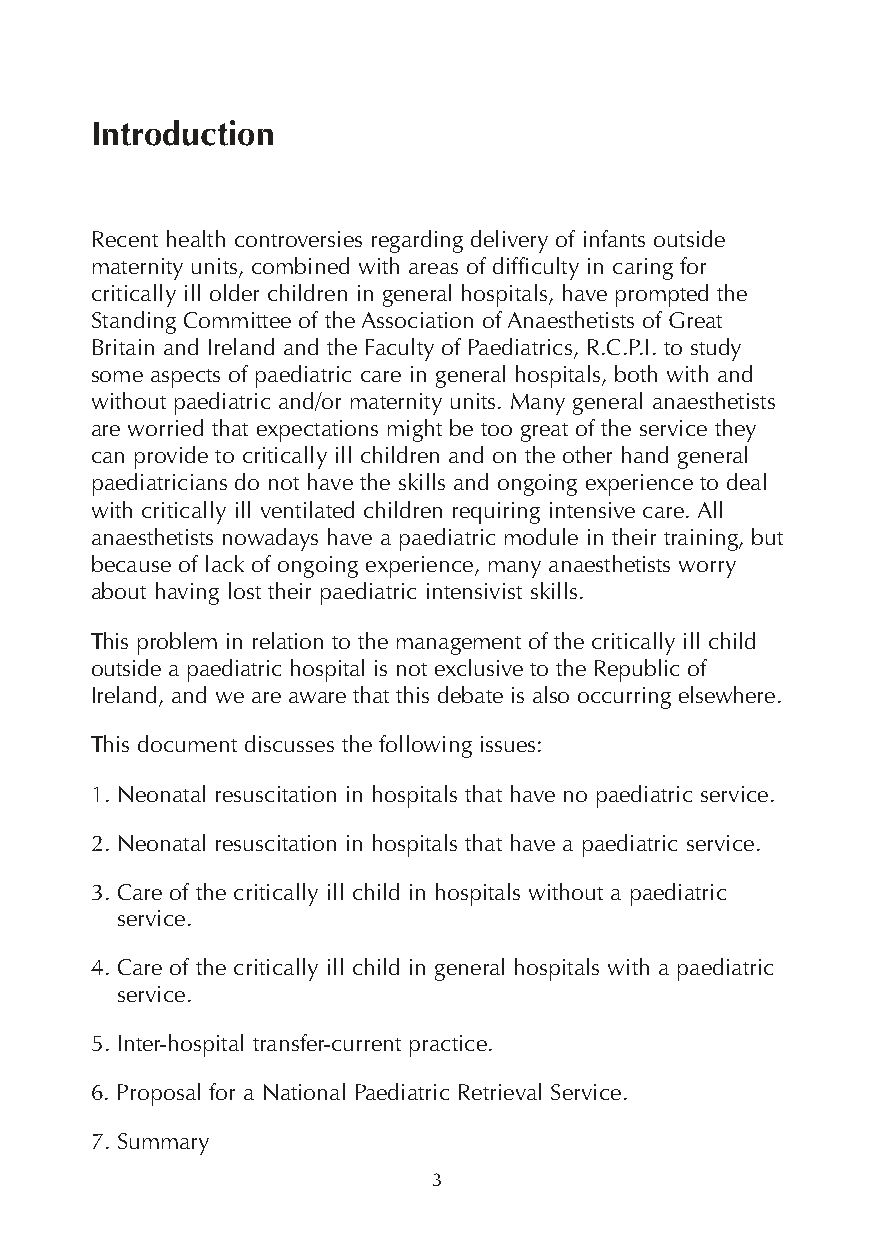
Introduction
 Recent health controversies regarding delivery of infants outside
 maternity units, combined with areas of difficulty in caring for
 critically ill older children in general hospitals, have prompted the
 Standing Committee of the Association of Anaesthetists of Great
 Britain and Ireland and the Faculty of Paediatrics, R.C.P.I. to study
 some aspects of paediatric care in general hospitals, both with and
 without paediatric and/or maternity units. Many general anaesthetists
 are worried that expectations might be too great of the service they
 can provide to critically ill children and on the other hand general
 paediatricians do not have the skills and ongoing experience to deal
 with critically ill ventilated children requiring intensive care. All
 anaesthetists nowadays have a paediatric module in their training, but
 because of lack of ongoing experience, many anaesthetists worry
 about having lost their paediatric intensivist skills.
 This problem in relation to the management of the critically ill child
 outside a paediatric hospital is not exclusive to the Republic of
 Ireland, and we are aware that this debate is also occurring elsewhere.
 This document discusses the following issues:
 1. Neonatal resuscitation in hospitals that have no paediatric service.
 2. Neonatal resuscitation in hospitals that have a paediatric service.
 3. Care of the critically ill child in hospitals without a paediatric
 service.
 4. Care of the critically ill child in general hospitals with a paediatric
 service.
 5. Inter-hospital transfer-current practice.
 6. Proposal for a National Paediatric Retrieval Service.
 7. Summary
 3